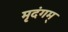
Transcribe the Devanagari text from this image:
मृदंगम्